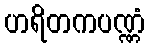
ဟရိတကပဏ္ဏံ